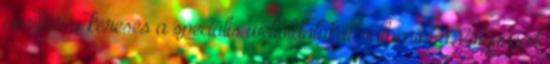
amikor a keresés a speciális weboldalakat, valamint a Valgomed